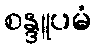
စန္ဒူပမံ